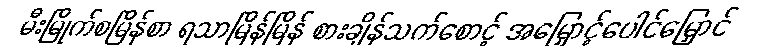
မီးမြိုက်စမြိန်စာ ရသာမြိန်မြိန် စားချိန်သက်စောင့် အမြှောင့်ပေါင်မြှောင်